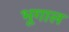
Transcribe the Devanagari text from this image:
भूगाल